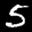
Label: 5